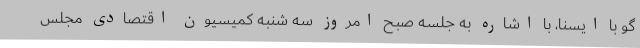
گو با ایسنا، با اشاره به جلسه صبح امروز سه شنبه کمیسیون اقتصادی مجلس